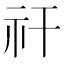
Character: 𥘏